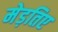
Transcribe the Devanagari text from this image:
मेड़तिए